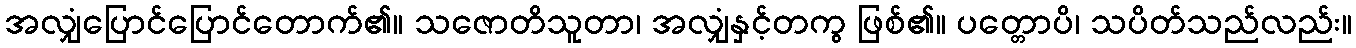
အလျှံပြောင်ပြောင်တောက်၏။ သဇောတိသူတာ၊ အလျှံနှင့်တကွ ဖြစ်၏။ ပတ္တောပိ၊ သပိတ်သည်လည်း။